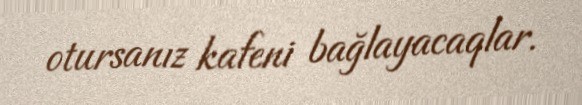
otursanız kafeni bağlayacaqlar.